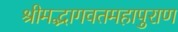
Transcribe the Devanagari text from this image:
श्रीमद्भागवतमहापुराण